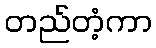
တည်တံ့ကာ